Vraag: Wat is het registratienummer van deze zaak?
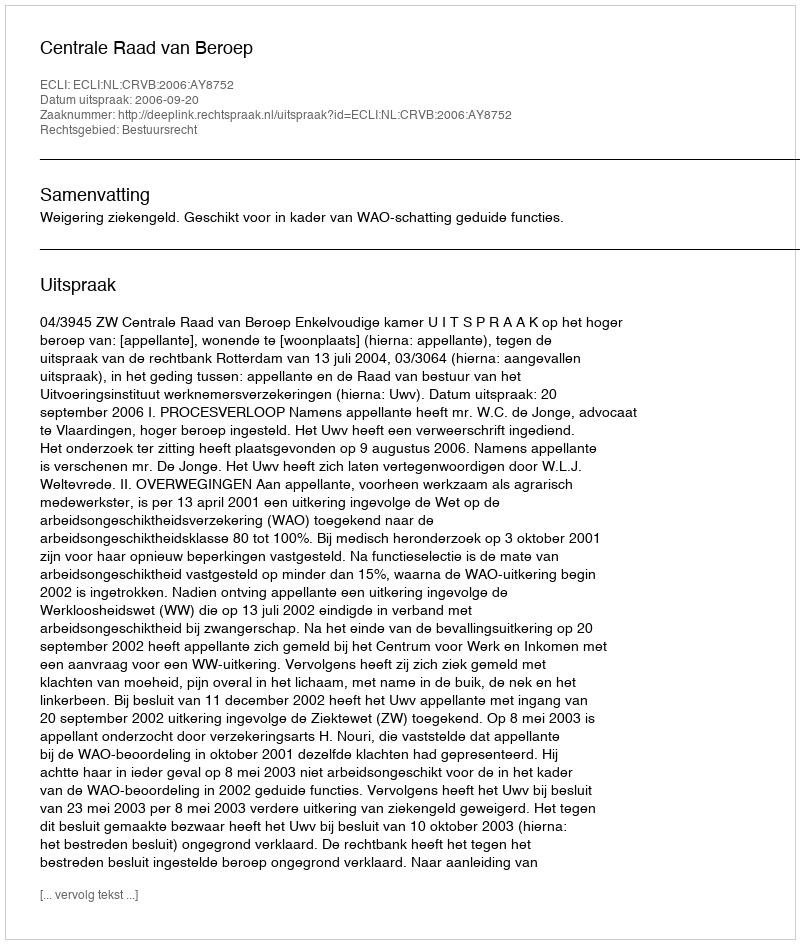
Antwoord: http://deeplink.rechtspraak.nl/uitspraak?id=ECLI:NL:CRVB:2006:AY8752